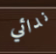
ندائي